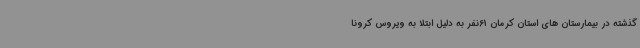
گذشته در بیمارستان های استان کرمان 61نفر به دلیل ابتلا به ویروس کرونا